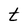
Character: t